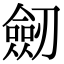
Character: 劒